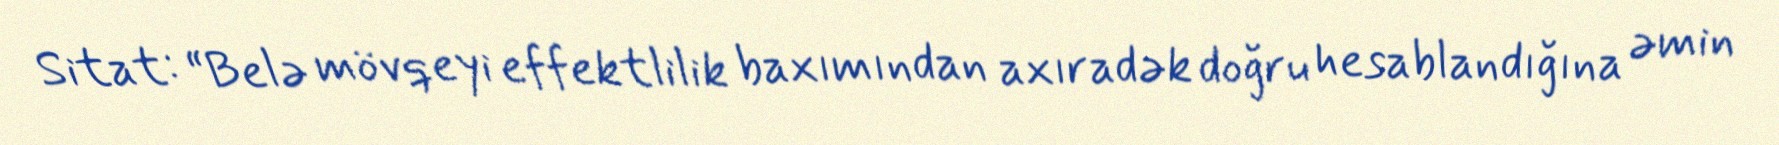
Sitat: “Belə mövqeyi effektlilik baxımından axıradək doğru hesablandığına əmin